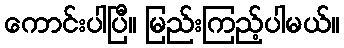
ကောင်းပါပြီ။ မြည်းကြည့်ပါမယ်။